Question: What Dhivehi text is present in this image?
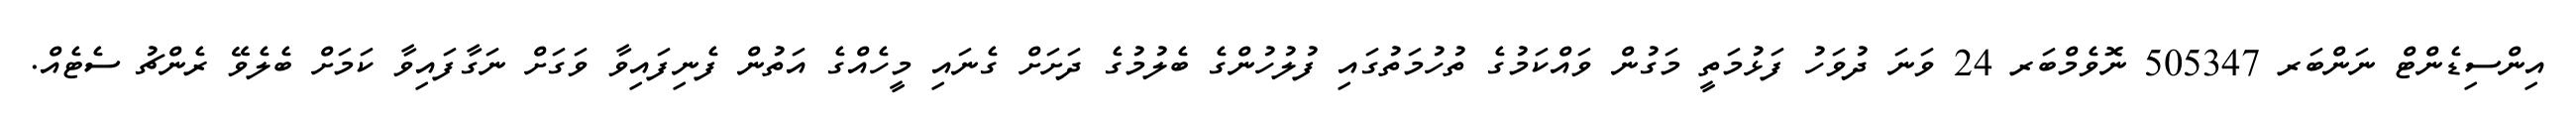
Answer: އިންސިޑެންޓް ނަންބަރ 505347 ނޮވެމްބަރ 24 ވަނަ ދުވަހު ފަޅުމަތީ މަގުން ވައްކަމުގެ ތުހުމަތުގައި ފުލުހުންގެ ބެލުމުގެ ދަށަށް ގެނައި މީހެއްގެ އަތުން ފެނިފައިވާ ވަގަށް ނަގާފައިވާ ކަމަށް ބެލެވޭ ރެންޗު ސެޓެއް.